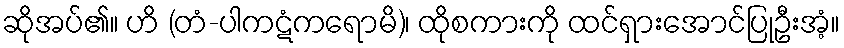
ဆိုအပ်၏။ ဟိ (တံ-ပါကဋံကရောမိ)၊ ထိုစကားကို ထင်ရှားအောင်ပြုဦးအံ့။